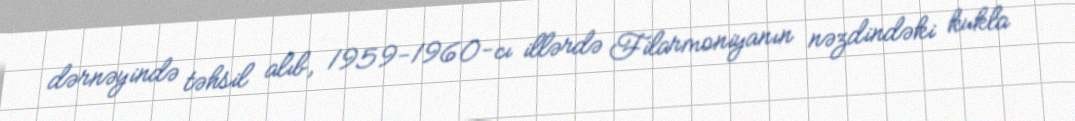
dərnəyində təhsil alıb, 1959-1960-cı illərdə Filarmoniyanın nəzdindəki kukla